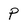
Character: p